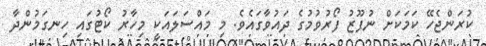
ކުރަންޖެހޭ ކަމަކަށް ނުފޫޒު ފޯރުވުމުގެ ދައުވާގައެވެ. މި މައްސަލައަކީ މިހާރު ކޯޓުގައި ހިނގަމުންދާ